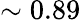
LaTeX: \sim 0.89